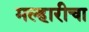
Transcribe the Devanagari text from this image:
मल्हारीचा